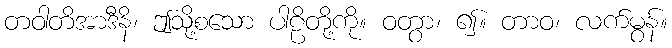
တဝါတိအာဒီနိ၊ ဤသို့စသော ပါဠိတို့ကို။ ဝတွာ၊ ၍။ တာဝ၊ လက်မွန်။